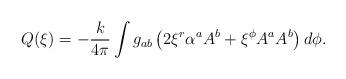
LaTeX: \begin{align*} Q(\xi) = -{k\over 4\pi}\int g_{ab} \left( 2\xi^r \alpha^a A^b + \xi^\phi A^a A^b \right)d\phi.\end{align*}